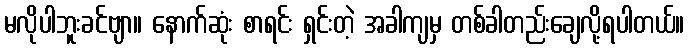
မလိုပါဘူးခင်ဗျာ။ နောက်ဆုံး စာရင်း ရှင်းတဲ့ အခါကျမှ တစ်ခါတည်းချေလို့ရပါတယ်။